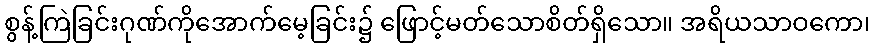
စွန့်ကြဲခြင်းဂုဏ်ကိုအောက်မေ့ခြင်း၌ ဖြောင့်မတ်သောစိတ်ရှိသော။ အရိယသာဝကော၊